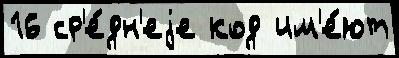
16 ср'е́дн'еjе код им'е́ют